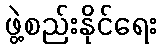
ဖွဲ့စည်းနိုင်ရေး